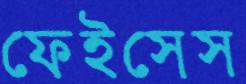
ফেইসেস